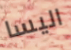
اليسا